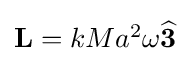
{\textstyle \mathbf {L} =kMa^{2}\omega {\widehat {\mathbf {3} }}}